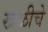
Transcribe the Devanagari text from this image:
खळीचे